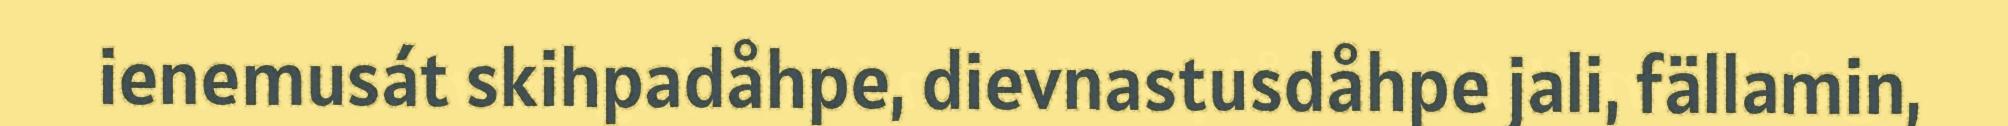
ienemusát skihpadåhpe, dievnastusdåhpe jali, fällamin,